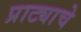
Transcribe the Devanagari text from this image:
प्राट्याचे